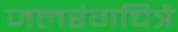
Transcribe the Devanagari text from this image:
जलरंगचित्रे